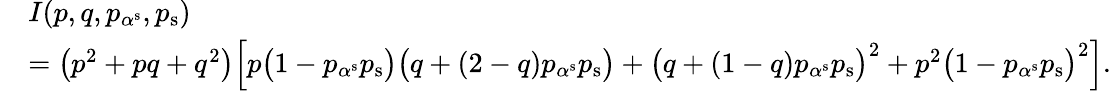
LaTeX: \begin{array}{rl}&{I(p,q,p_{\alpha^{\mathrm{s}}},p_{\mathrm{s}})}\\ &{=\left(p^{2}+pq+q^{2}\right)\Big[p\big(1-p_{\alpha^{\mathrm{s}}}p_{\mathrm{s}}\big)\big(q+(2-q)p_{\alpha^{\mathrm{s}}}p_{\mathrm{s}}\big)+\big(q+(1-q)p_{\alpha^{\mathrm{s}}}p_{\mathrm{s}}\big)^{2}+p^{2}\big(1-p_{\alpha^{\mathrm{s}}}p_{\mathrm{s}}\big)^{2}\Big].}\end{array}